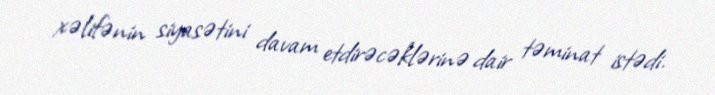
xəlifənin siyasətini davam etdirəcəklərinə dair təminat istədi.